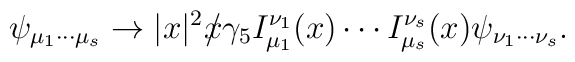
\psi _{\mu _{1}\cdots \mu _{s}}\rightarrow |x|^{2}x\!\!\!\slash\gamma_{5}I_{\mu _{1}}^{\nu _{1}}(x)\cdots I_{\mu _{s}}^{\nu _{s}}(x)\psi _{\nu_{1}\cdots \nu _{s}}.